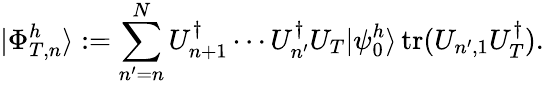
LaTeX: |\Phi_{T,n}^{h}\rangle:=\sum_{n^{\prime}=n}^{N}U_{n+1}^{\dagger}\cdots U_{n^{\prime}}^{\dagger}U_{T}|\psi_{0}^{h}\rangle\operatorname{tr}(U_{n^{\prime},1}U_{T}^{\dagger}).